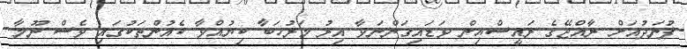
ފުނަދުއަށް ރާއްޖޭގެ ރައީސްއިން ވަޑައިގަންނަވާ އިރު މަރުހަބާ ކިޔުއްވާ ކެއުންތަކުގައި ވެސް ނޫމާ